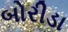
બોરીડા